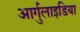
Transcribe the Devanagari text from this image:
आर्गुलाइडिया